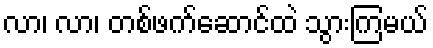
လာ၊ လာ၊ တစ်ဖက်ဆောင်ထဲ သွားကြမယ်